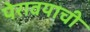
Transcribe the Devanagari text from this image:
पेरावयाची